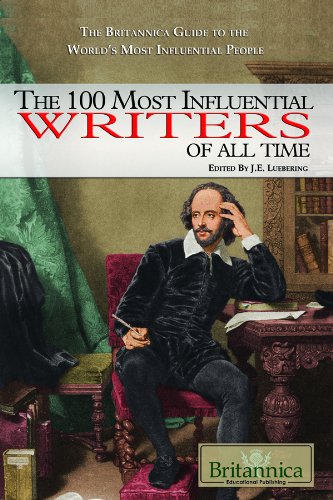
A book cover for The 100 Most Influential Writers of All Time (The Britannica Guide to the World's Most Influential People); Teen & Young Adult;